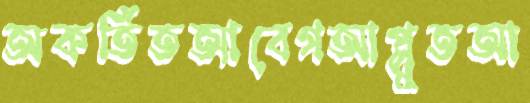
অকর্তিতআবেগআপ্লুতআ